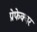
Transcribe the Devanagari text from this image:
प्रेफेक्चर